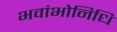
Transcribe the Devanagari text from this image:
भवांभोनिधिं